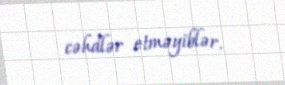
cəhdlər etməyiblər.